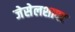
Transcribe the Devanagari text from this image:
जेसेलशाफ्ट